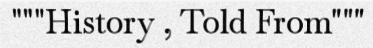
"""History , Told From"""